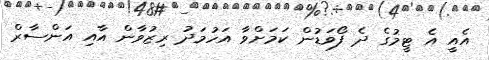
އެއީ އެ ޓީމުގެ ދެ ފޯވަޑުން ކަމަށްވާ އަހުމަދު ރިޒުވާން އާއި އަންސާރް